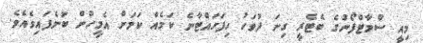
މިއީ ސްމާޓްފޯނުގެ ބެޓެރީ ގިނަ ދުވަހު ހިފަހައްޓާނެ ކަމެއް ކަމަށް އެމީހުން ބުނެފައިވެއެވެ.